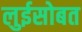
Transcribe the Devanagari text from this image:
लुईसोबत